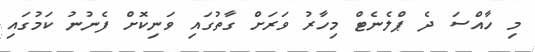
މި ހާއްސަ ދެ ޕްލެނެޓް މިހާރު ވަރަށް ގާތުގައި ވަނިކޮށް ފެނުނު ކަމުގައި